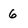
Character: 6